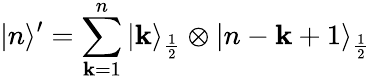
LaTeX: |n\rangle^{\prime}=\sum_{\mathbf{k}=1}^{n}|\mathbf{k}\rangle_{\frac{{1}}{{2}}}\otimes|n-\mathbf{k}+1\rangle_{\frac{{1}}{{2}}}